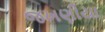
જખણીયા